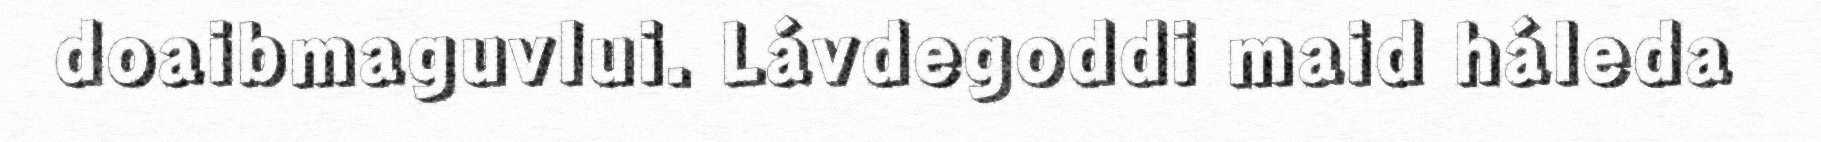
doaibmaguvlui. Lávdegoddi maid háleda